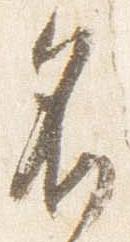
名